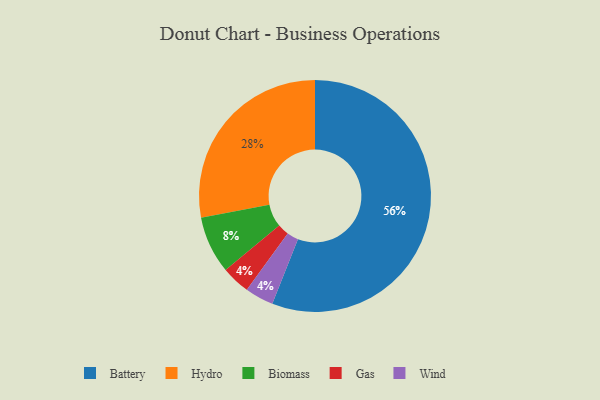
{"axis": {"x": "Category", "y": "Percentage"}, "legend": ["Battery", "Biomass", "Gas", "Hydro", "Wind"], "data": [{"x": "Gas", "y": 4, "type": "Gas"}, {"x": "Wind", "y": 4, "type": "Wind"}, {"x": "Battery", "y": 56, "type": "Battery"}, {"x": "Hydro", "y": 28, "type": "Hydro"}, {"x": "Biomass", "y": 8, "type": "Biomass"}]}